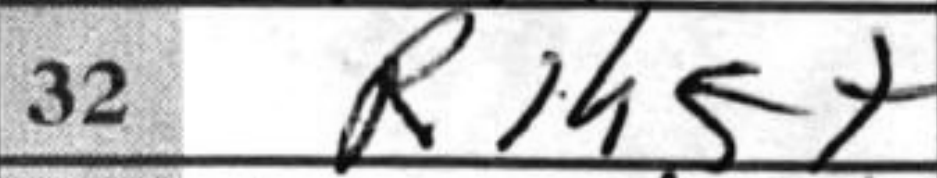
Transcription: R1h5+